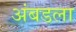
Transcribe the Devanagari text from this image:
अंबडला